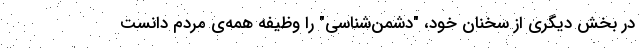
در بخش دیگری از سخنان خود، "دشمن‌شناسی" را وظیفه همه‌ی مردم دانست